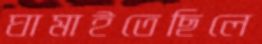
ঘামাইতেছিলে